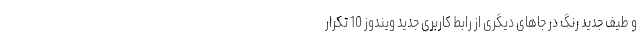
و طیف جدید رنگ در جاهای دیگری از رابط کاربری جدید ویندوز 10 تکرار